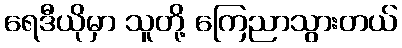
ရေဒီယိုမှာ သူတို့ ကြေညာသွားတယ်